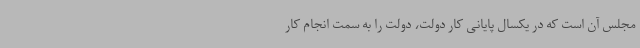
مجلس آن است که در یکسال پایانی کار دولت، دولت را به سمت انجام کار